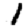
Digit: 1